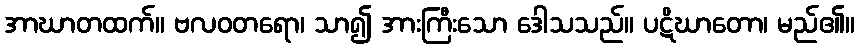
အာဃာတထက်။ ဗလဝတရော၊ သာ၍ အားကြီးသော ဒေါသသည်။ ပဋိဃာတော၊ မည်၏။